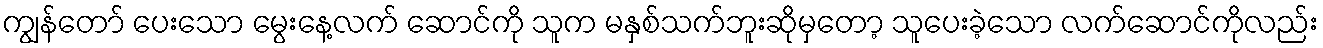
ကျွန်တော် ပေးသော မွေးနေ့လက် ဆောင်ကို သူက မနှစ်သက်ဘူးဆိုမှတော့ သူပေးခဲ့သော လက်ဆောင်ကိုလည်း